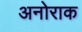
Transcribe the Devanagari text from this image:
अनोराक